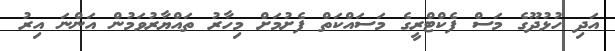
އަދި ހުޅުދޫގެ މަސް ފެކްޓްރީގެ މަސައްކަތް ފެށުމަށް މިހާރު ތައްޔާރުވަމުން އަންނަ އިރު